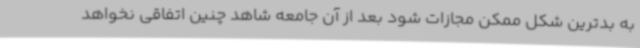
به بدترین شکل ممکن مجازات شود بعد از آن جامعه شاهد چنین اتفاقی نخواهد